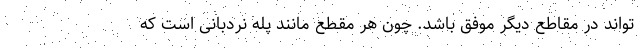
تواند در مقاطع دیگر موفق باشد. چون هر مقطع مانند پله نردبانی است که